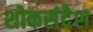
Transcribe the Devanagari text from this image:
शोकसंदेश